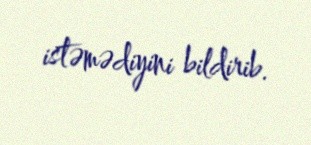
istəmədiyini bildirib.